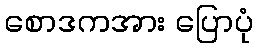
စောဒကအား ပြောပုံ